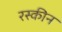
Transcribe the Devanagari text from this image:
रस्कीन